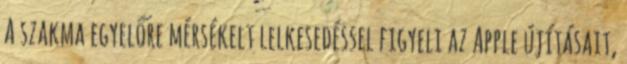
A szakma egyelőre mérsékelt lelkesedéssel figyeli az Apple újításait,